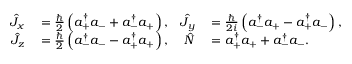
\begin{array} { r l r l } { \hat { J } _ { x } } & { { } = \frac { \hbar } { 2 } \left( a _ { + } ^ { \dagger } a _ { - } + a _ { - } ^ { \dagger } a _ { + } \right) , } & { \hat { J } _ { y } } & { { } = \frac { \hbar } { 2 i } \left( a _ { - } ^ { \dagger } a _ { + } - a _ { + } ^ { \dagger } a _ { - } \right) , } \\ { \hat { J } _ { z } } & { { } = \frac { \hbar } { 2 } \left( a _ { - } ^ { \dagger } a _ { - } - a _ { + } ^ { \dagger } a _ { + } \right) , } & { \hat { N } } & { { } = a _ { + } ^ { \dagger } a _ { + } + a _ { - } ^ { \dagger } a _ { - } . } \end{array}